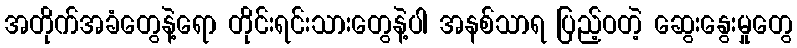
အတိုက်အခံတွေနဲ့ရော တိုင်းရင်းသားတွေနဲ့ပါ အနစ်သာရ ပြည့်ဝတဲ့ ဆွေးနွေးမှုတွေ